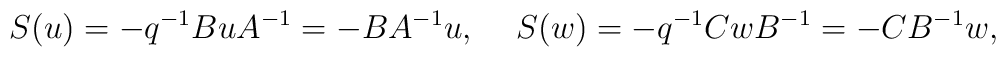
S(u)=-q^{-1}BuA^{-1}=-BA^{-1}u,\hspace{5mm}                S(w)=-q^{-1}CwB^{-1}=-CB^{-1}w,